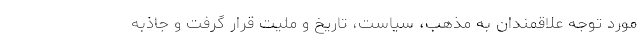
مورد توجه علاقمندان به مذهب، سیاست، تاریخ و ملیت قرار گرفت و جاذبه